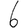
Digit: 6